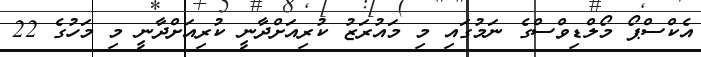
އެކްސްޕޯ މޯލްޑިވްސްގެ ނަމުގައި މި މައުރަޒު ކުރިއަށްދާނީ ކުރިއަށްދާނީ މި މަހުގެ 22